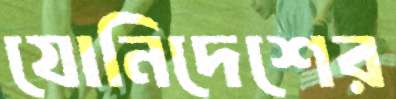
যোনিদেশের